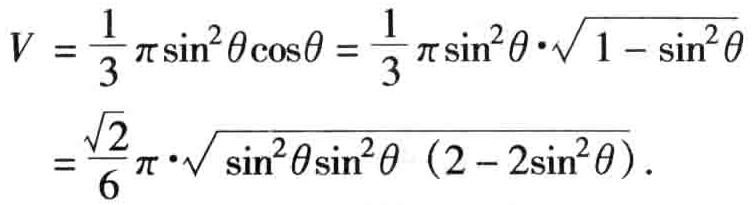
\[

\begin{align*}

V&=\frac{1}{3}\pi\sin^{2}\theta\cos\theta=\frac{1}{3}\pi\sin^{2}\theta\cdot\sqrt{1 - \sin^{2}\theta}\\

&=\frac{\sqrt{2}}{6}\pi\cdot\sqrt{\sin^{2}\theta\sin^{2}\theta\ (2 - 2\sin^{2}\theta)}.

\end{align*}

\]